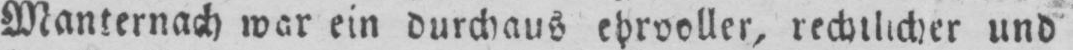
rechtlicher und